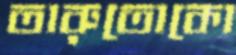
তারুতোকো